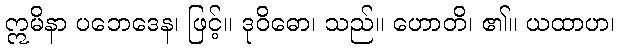
ဣမိနာ ပဘေဒေန၊ ဖြင့်။ ဒုဝိဓော၊ သည်။ ဟောတိ၊ ၏။ ယထာဟ၊